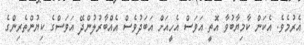
އެރުމެވެ. އެކަން ކާމިޔާބުވާ އޮތީ އަވަސް އެހީއަށް އަބަދުވެސް އެއްބާރުލުންދޭ އަވަސްގެ ކިޔުންތެރިންގެ